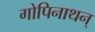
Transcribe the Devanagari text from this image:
गोपिनाथन्